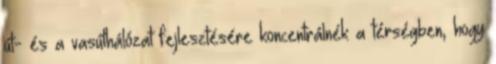
út- és a vasúthálózat fejlesztésére koncentrálnék a térségben, hogy